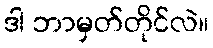
ဒါ ဘာမှတ်တိုင်လဲ။